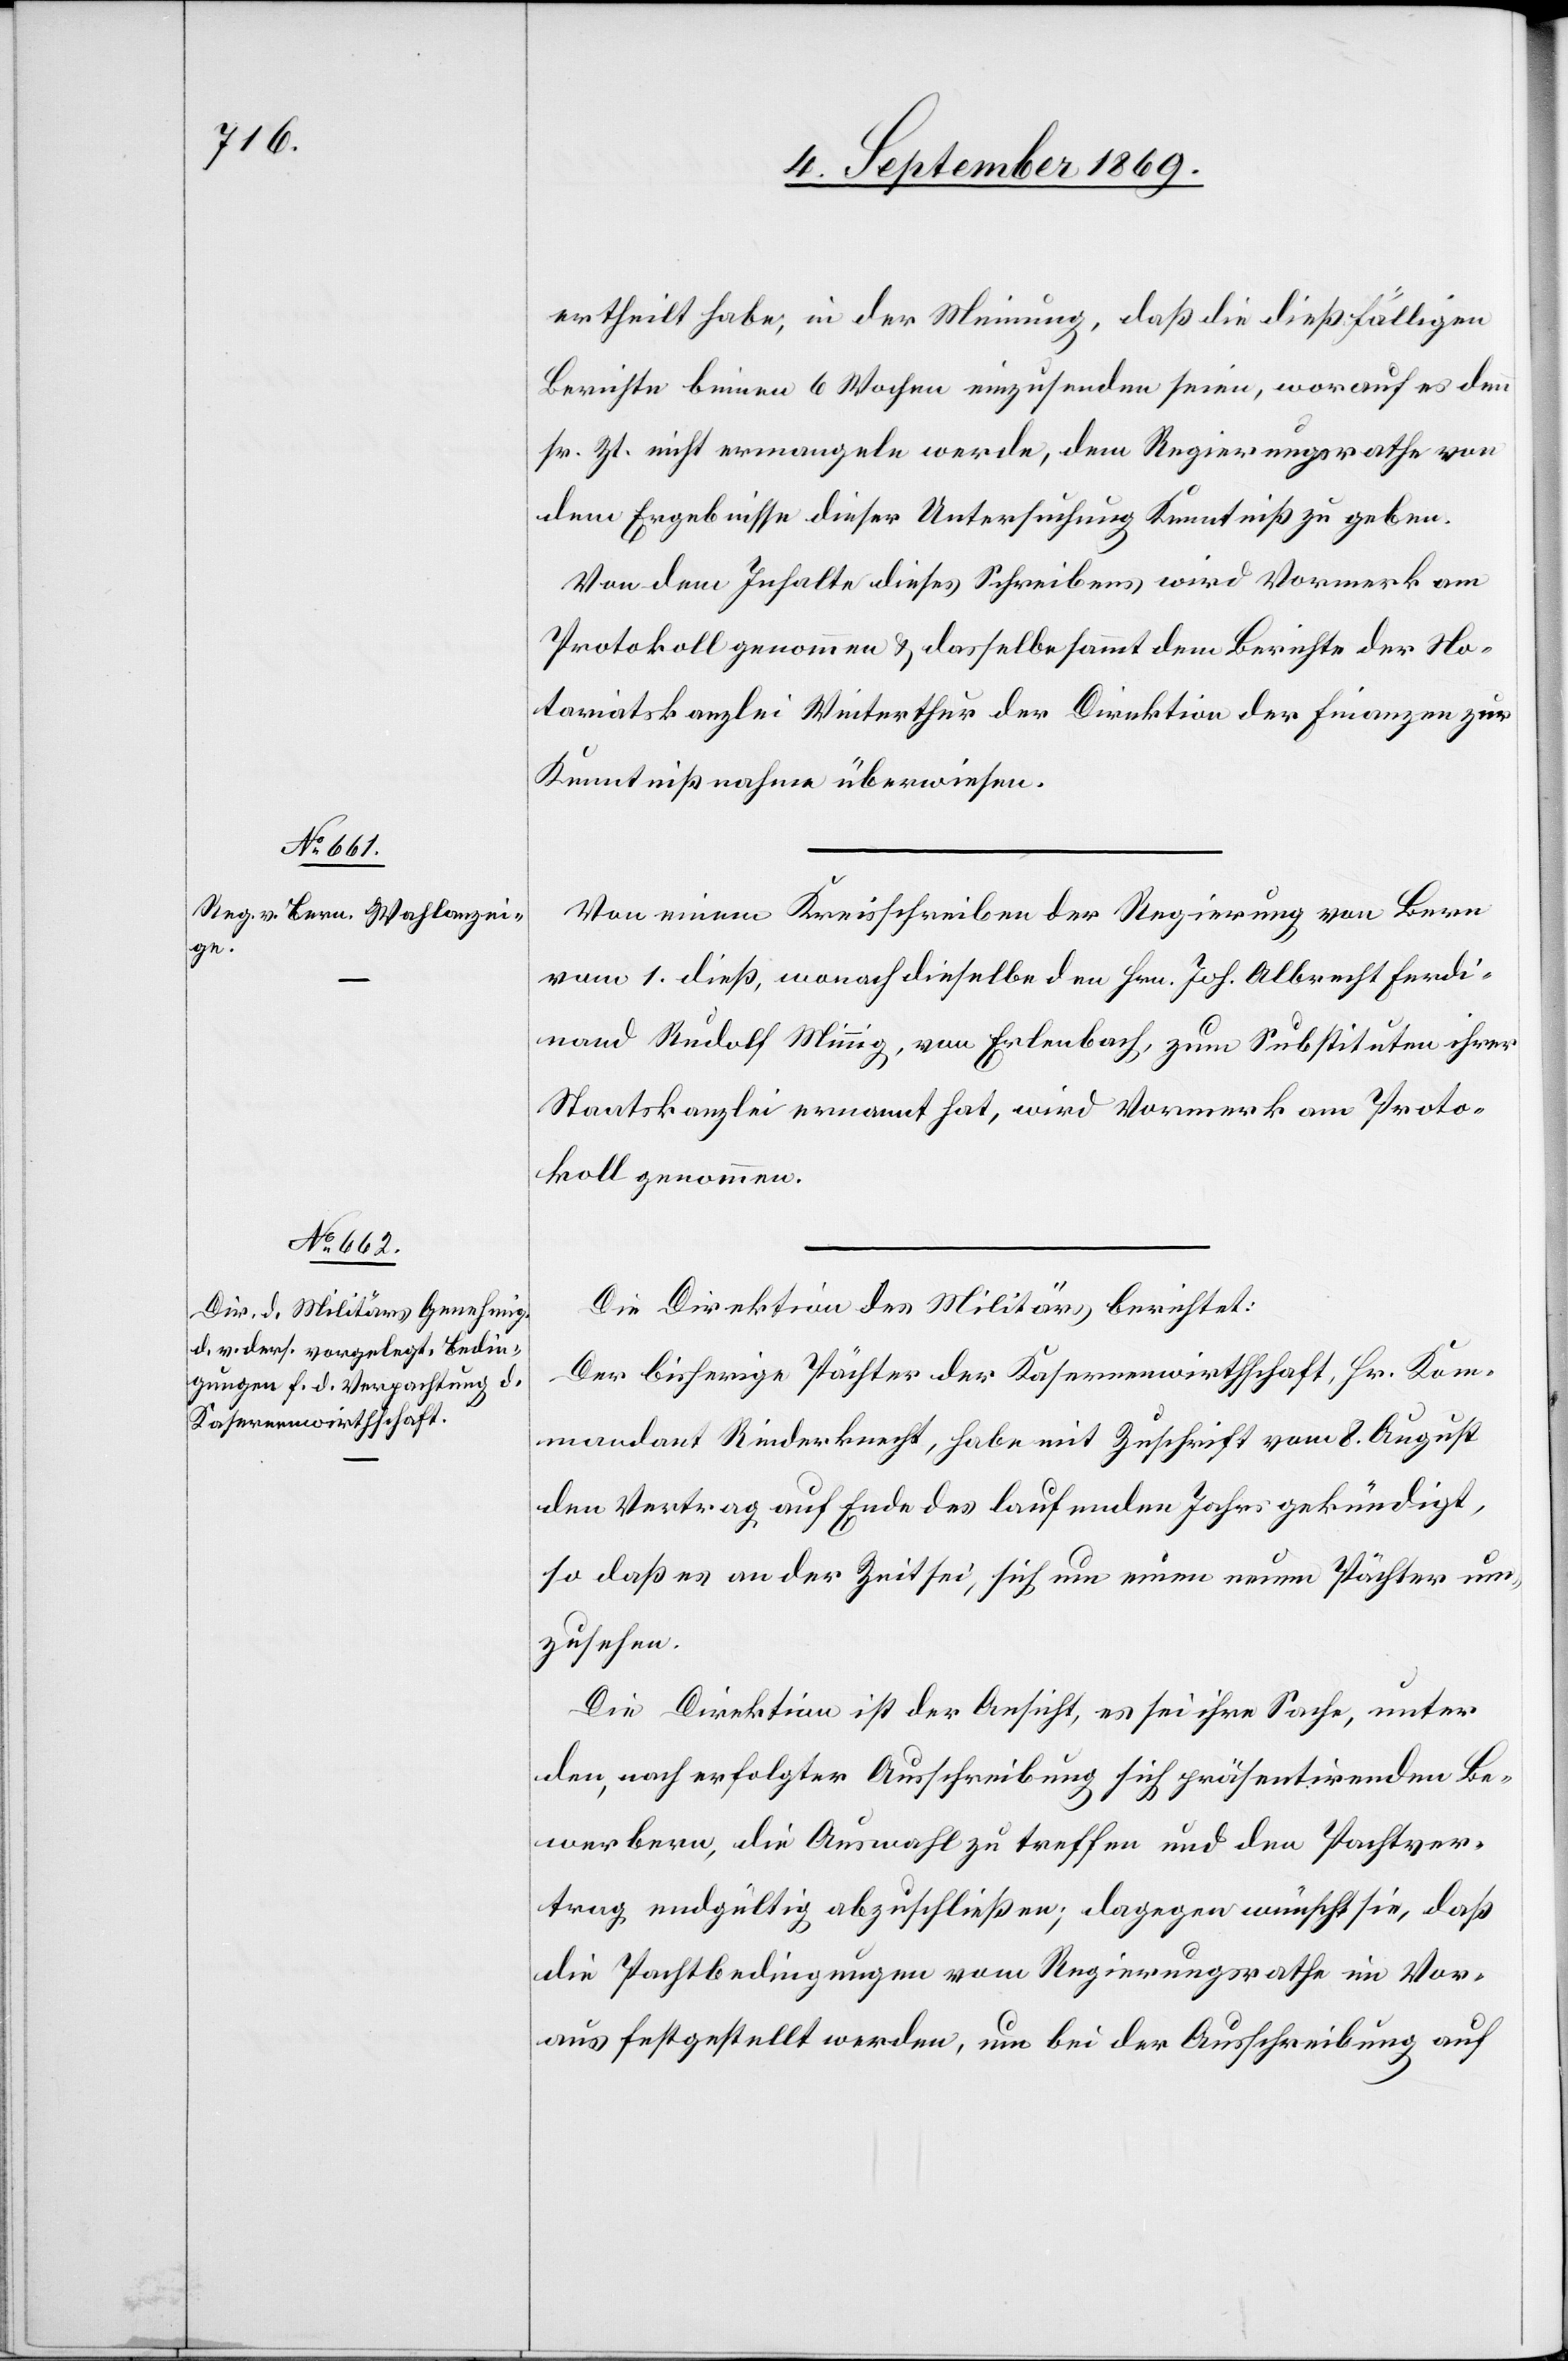
ertheilt habe, in der Meinung, daß die dießfälligen
Berichte binnen 6 Wochen einzusenden seien, worauf es denn
sr. Zt. nicht ermangeln werde, dem Regierungsrathe von
dem Ergebnisse dieser Untersuchung Kenntniß zu geben.
Von dem Inhalte dieses Schreibens wird Vormerk am
Protokoll genommen & dasselbe sammt dem Berichte der No¬
tariatskanzlei Winterthur der Direktion der Finanzen zur
Kenntnißnahme überwiesen.
Von einem Kreisschreiben der Regierung von Bern
vom 1. dieß, wonach dieselbe den Hrn. Joh. Albrecht Ferdi¬
nand Rudolf Minnig, von Erlenbach, zum Substituten ihrer
Staatskanzlei ernannt hat, wird Vormerk am Proto¬
koll genommen.
Die Direktion des Militärs berichtet:
Der bisherige Pächter der Kasernenwirthschaft, Hr. Kom¬
mandant Rinderknecht, habe mit Zuschrift vom 8. August
den Vertrag auf Ende des laufenden Jahrs gekündigt,
so daß es an der Zeit sei, sich um einen neuen Pächter um¬
zusehen.
Die Direktion ist der Ansicht, es sei ihre Sache, unter
den nach erfolgter Ausschreibung sich präsentirenden Be¬
werbern, die Auswahl zu treffen und den Pachtver¬
trag endgültig abzuschließen; dagegen wünscht sie, daß
die Pachtbedingungen vom Regierungsrathe im Vor¬
aus festgestellt werden, um bei der Ausschreibung auf